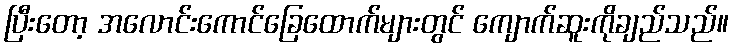
ပြီးတော့ အလောင်းကောင်ခြေထောက်များတွင် ကျောက်ဆူးကိုချည်သည်။